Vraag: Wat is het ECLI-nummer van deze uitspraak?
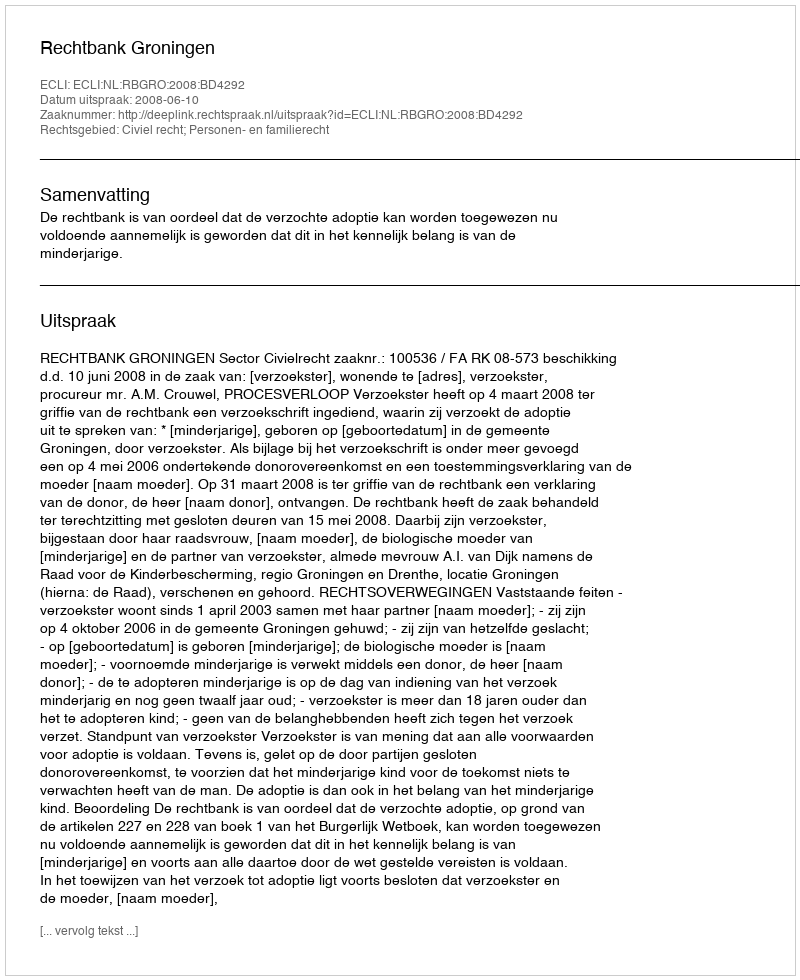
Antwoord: ECLI:NL:RBGRO:2008:BD4292